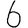
Digit: 6